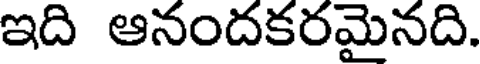
ఇది ఆనందకరమైనది.